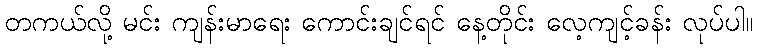
တကယ်လို့ မင်း ကျန်းမာရေး ကောင်းချင်ရင် နေ့တိုင်း လေ့ကျင့်ခန်း လုပ်ပါ။